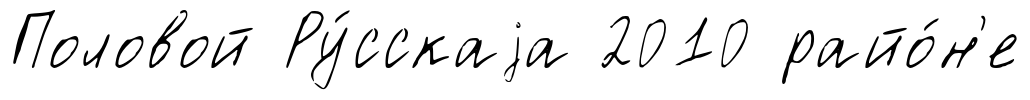
Половой Ру́сскаjа 2010 райо́н'е